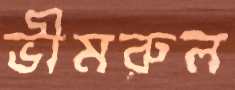
ভীমরুল